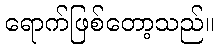
ရောက်ဖြစ်တော့သည်။